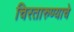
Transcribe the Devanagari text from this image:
चिरतारुण्याचे